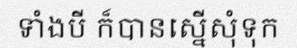
ទាំងបី ក៏បានស្នើសុំទុក